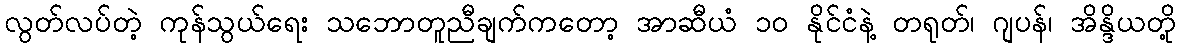
လွတ်လပ်တဲ့ ကုန်သွယ်ရေး သဘောတူညီချက်ကတော့ အာဆီယံ ၁၀ နိုင်ငံနဲ့ တရုတ်၊ ဂျပန်၊ အိန္ဒိယတို့